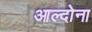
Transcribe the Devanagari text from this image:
आल्दोना